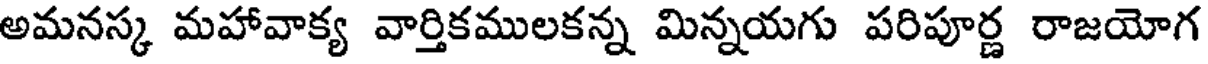
అమనస్క మహావాక్య వార్తికములకన్న మిన్నయగు పరిపూర్ణ రాజయోగ